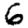
Digit: 6